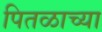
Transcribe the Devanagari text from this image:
पितळाच्या